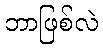
ဘာဖြစ်လဲ